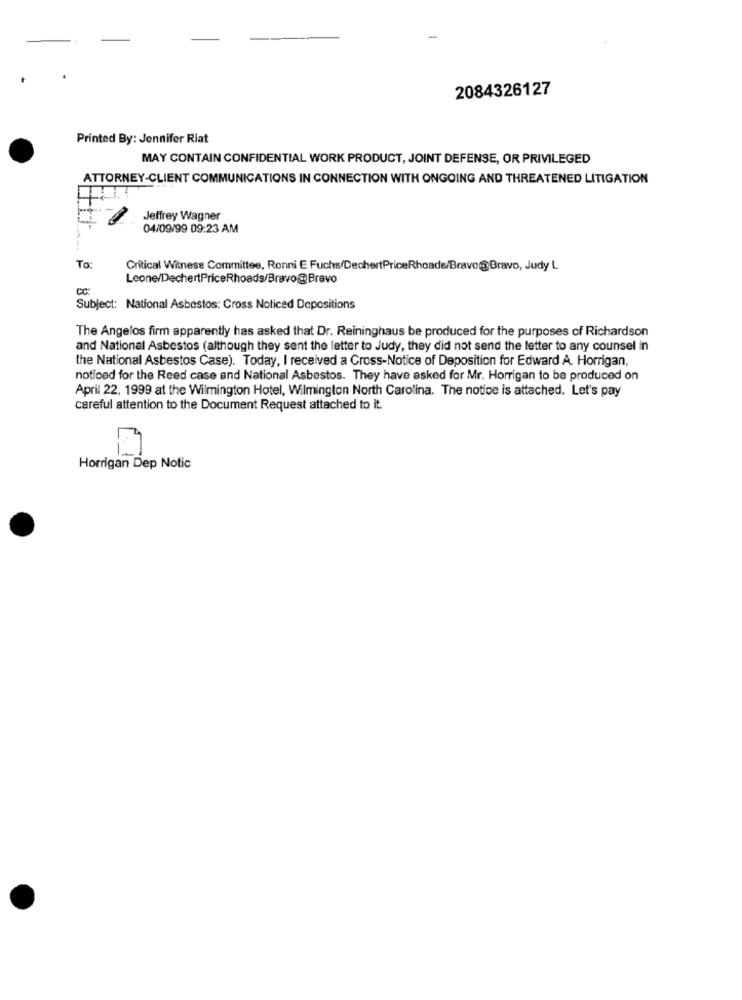
2084326127
Printed By: Jennifer Riat
MAY CONTAIN CONFIDENTIAL WORK PRODUCT, JOINT DEFENSE, OR PRIVILEGED
ATTORNEY-CLIENT COMMUNICATIONS IN CONNECTION WITH ONGOING AND THREATENED LITIGATION
Jeffrey Wagner
04/09/99 09:23 AM
To:
Critical Witness Committee, Ronni E Fuchs/DechertPriceRhoade/Bravo@Bravo, Judy L
Leone/DechertPriceRhoads/Bravo@Bravo
ce
Subject: National Asbestos: Cross Noticed Depositions
The Angelos firm apparently has asked that Dr. Reininghaus be produced for the purposes of Richardson
and National Asbestos (although they sent the letter to Judy, they did not send the letter to any counsel in
the National Asbestos Case). Today, I received a Cross-Notice of Deposition for Edward A. Horrigan,
noticed for the Reed case and National Asbestos. They have asked for Mr. Horrigan to be produced on
April 22, 1999 at the Wilmington Hotel, Wilmington North Carolina. The notice is attached. Let's pay
careful attention to the Document Request attached to it.
-
Horrigan Dep Notic